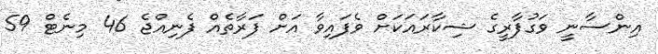
އިންސާނީ ވަގުފާރީގެ ޝިކާރައަކަށް ވެފައިވާ އަށް ފަރާތެއް ފެނިއްޖެ 46 މިނެޓް 59